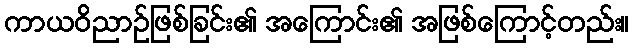
ကာယဝိညာဉ်ဖြစ်ခြင်း၏ အကြောင်း၏ အဖြစ်ကြောင့်တည်း။